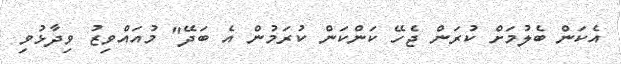
އެކަން ބެލުމަށް ކުރަން ޖެހޭ ކަންކަން ކުރަމުން އެ ބަދޭ" މުއައްވިޒު ވިދާޅުވި